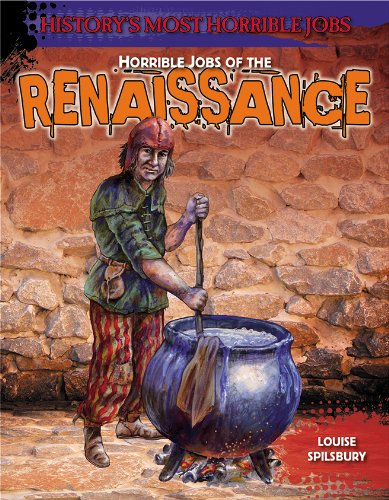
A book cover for Horrible Jobs of the Renaissance (History's Most Horrible Jobs); Louise Spilsbury; Children's Books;